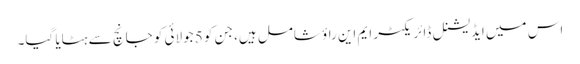
اس میں ایڈیشنل ڈائریکٹر ایم این راؤ شامل ہیں، جن کو 5 جولائی کو جانچ سے ہٹایا گیا۔